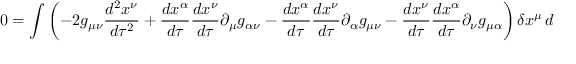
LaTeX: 0 = \int \left( - 2 g _ { \mu \nu } { \frac { d ^ { 2 } x ^ { \nu } } { d \tau ^ { 2 } } } + { \frac { d x ^ { \alpha } } { d \tau } } { \frac { d x ^ { \nu } } { d \tau } } \partial _ { \mu } g _ { \alpha \nu } - { \frac { d x ^ { \alpha } } { d \tau } } { \frac { d x ^ { \nu } } { d \tau } } \partial _ { \alpha } g _ { \mu \nu } - { \frac { d x ^ { \nu } } { d \tau } } { \frac { d x ^ { \alpha } } { d \tau } } \partial _ { \nu } g _ { \mu \alpha } \right) \delta x ^ { \mu } \, d \tau